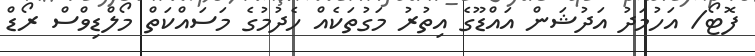
ފޮޓޯ/ އަހުމަދު އަދުޝަން އައްޑޫގެ އިތުރު މަގުތަކެއް ހެދުމުގެ މަސައްކަތް މޯލްޑިވްސް ރޯޑް